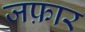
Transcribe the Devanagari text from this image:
जफ़ार